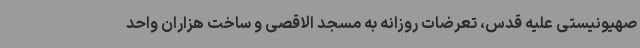
صهیونیستی علیه قدس، تعرضات روزانه به مسجد الاقصی و ساخت هزاران واحد